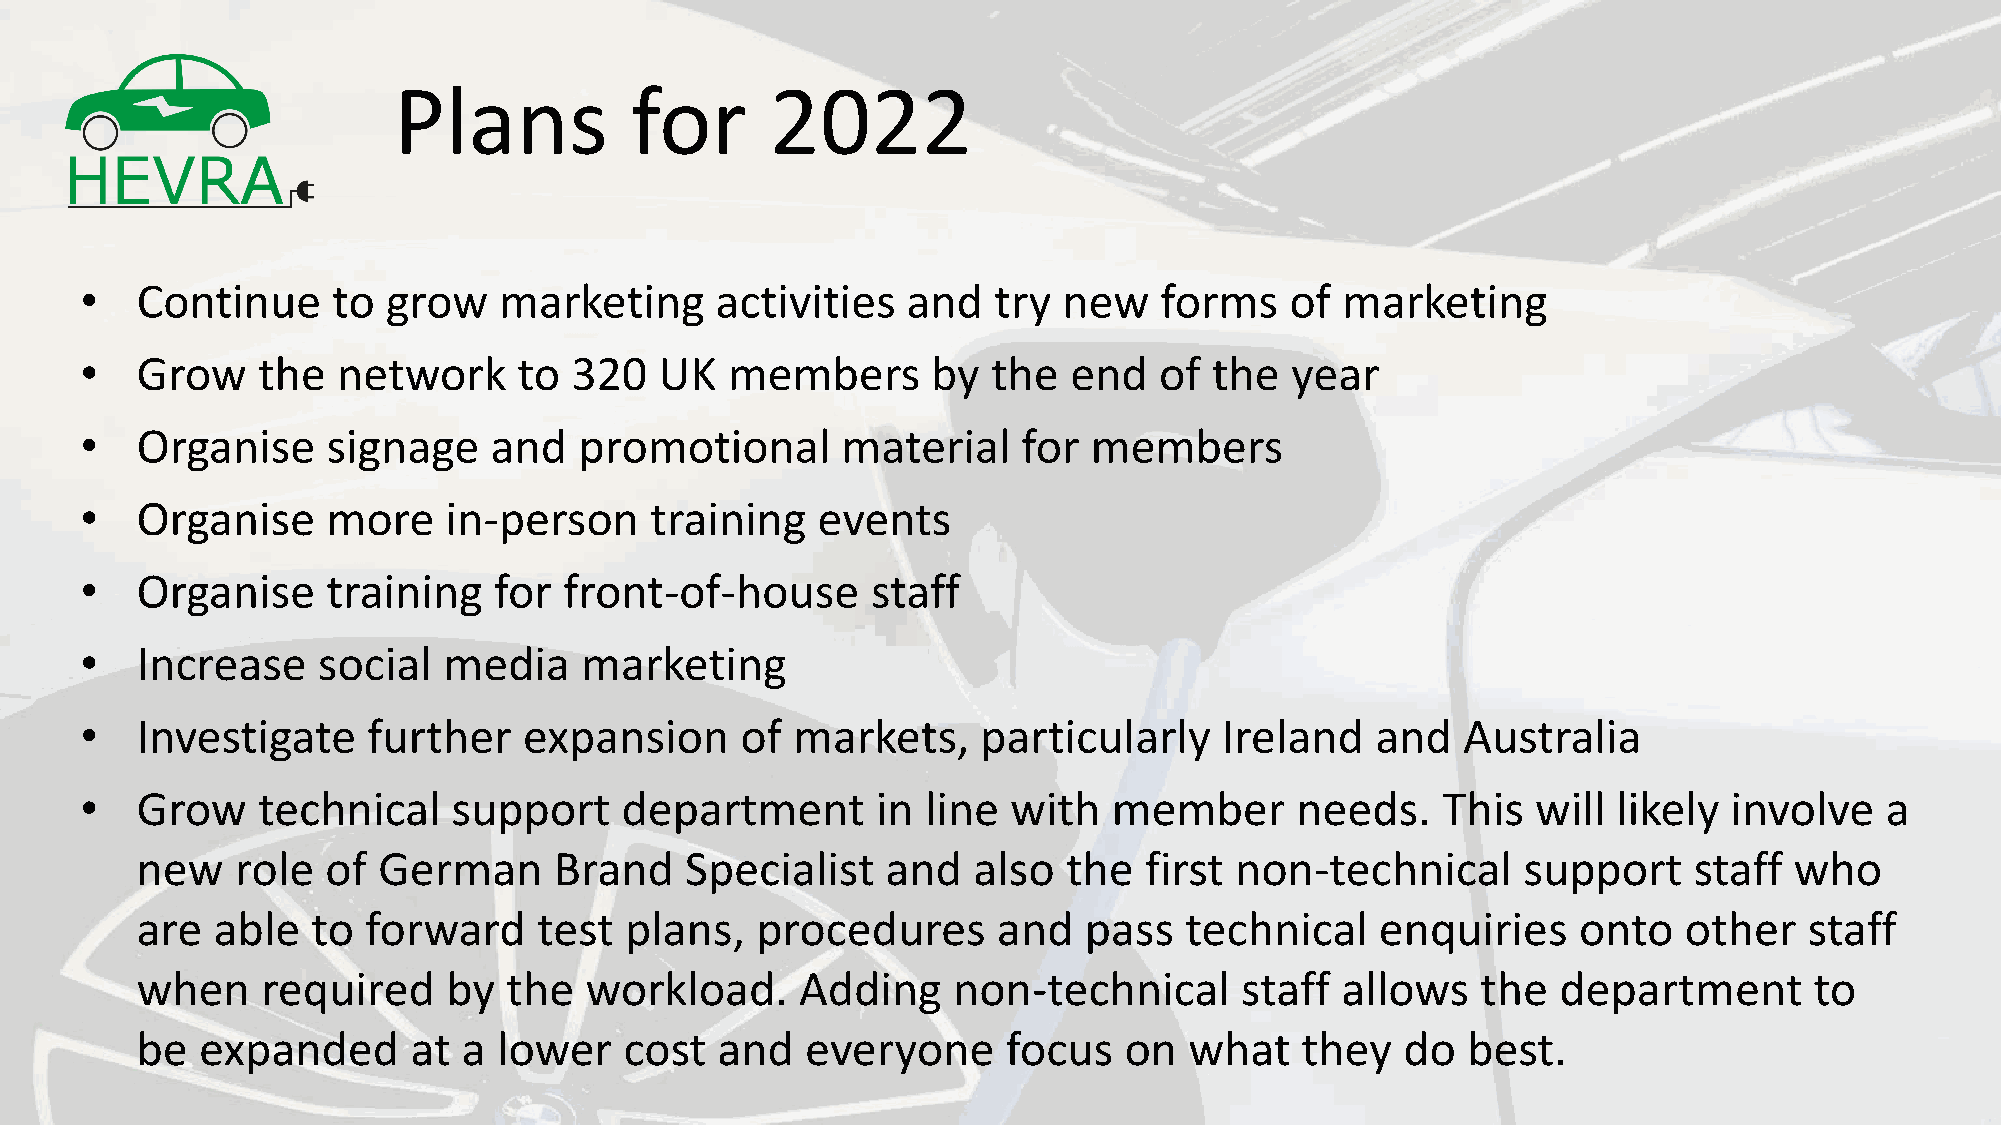
Plans           for      2022
 •   Continue     to  grow   marketing     activities   and   try new    forms   of  marketing
 •   Grow    the  network     to  320   UK  members       by  the  end   of the  year
 •   Organise     signage   and   promotional       material    for members
 •   Organise     more   in-person     training   events
 •   Organise     training   for front-of-house       staff
 •   Increase    social  media    marketing
 •   Investigate    further    expansion     of markets,     particularly    Ireland   and   Australia
 •   Grow    technical    support    department       in line  with   member      needs.   This   will likely  involve   a
 new    role  of German      Brand   Specialist    and  also   the  first non-technical      support    staff  who
 are  able   to forward     test plans,   procedures      and   pass  technical    enquiries    onto   other    staff
 when    required     by  the  workload.     Adding    non-technical      staff  allows   the  department       to
 be  expanded      at  a lower   cost  and   everyone      focus  on   what   they   do  best.